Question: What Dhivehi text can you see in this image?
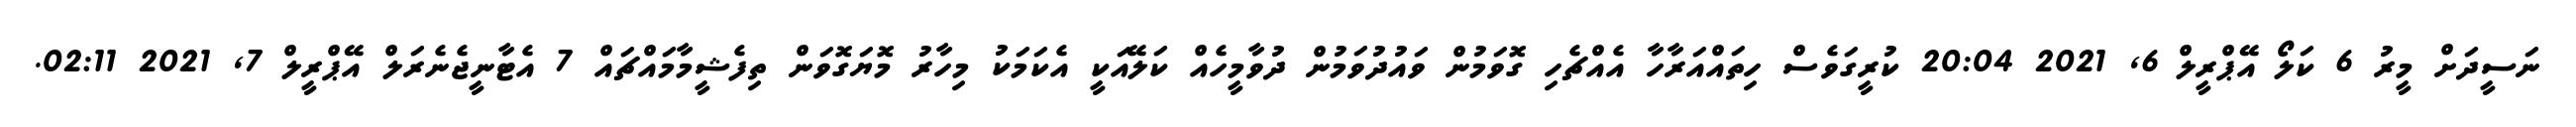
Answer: ނަސީދަށް މީރު 6 ކަލޯ އޭޕްރީލް 6, 2021 20:04 ކުރީގަވެސް ހިތައްއަރާހާ އެއްޗެހި ގޮވަމުން ވައުދުވަމުން ދުވާމީހެއް ކަލޭއަކީ އެކަމަކު މިހާރު މޮޔަގޮވަން ތިފެޝީމާމައްޗައް 7 އެޓާނީޖެނެރަލް އޭޕްރީލް 7, 2021 02:11.